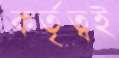
কর্তৃত্বই